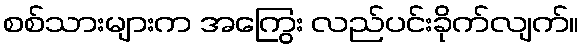
စစ်သားများက အကြွေး လည်ပင်းခိုက်လျက်။